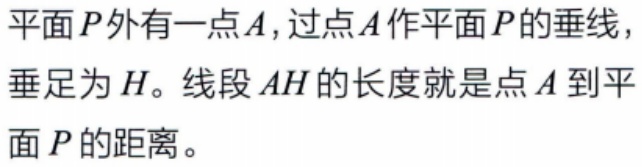
平面\(P\)外有一点\(A\)，过点\(A\)作平面\(P\)的垂线，垂足为\(H\)。线段\(AH\)的长度就是点\(A\)到平面\(P\)的距离。